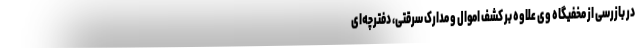
در بازرسی از مخفیگاه وی علاوه بر کشف اموال و مدارک سرقتی، دفترچه‌ای